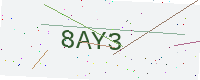
Text: 8AY3